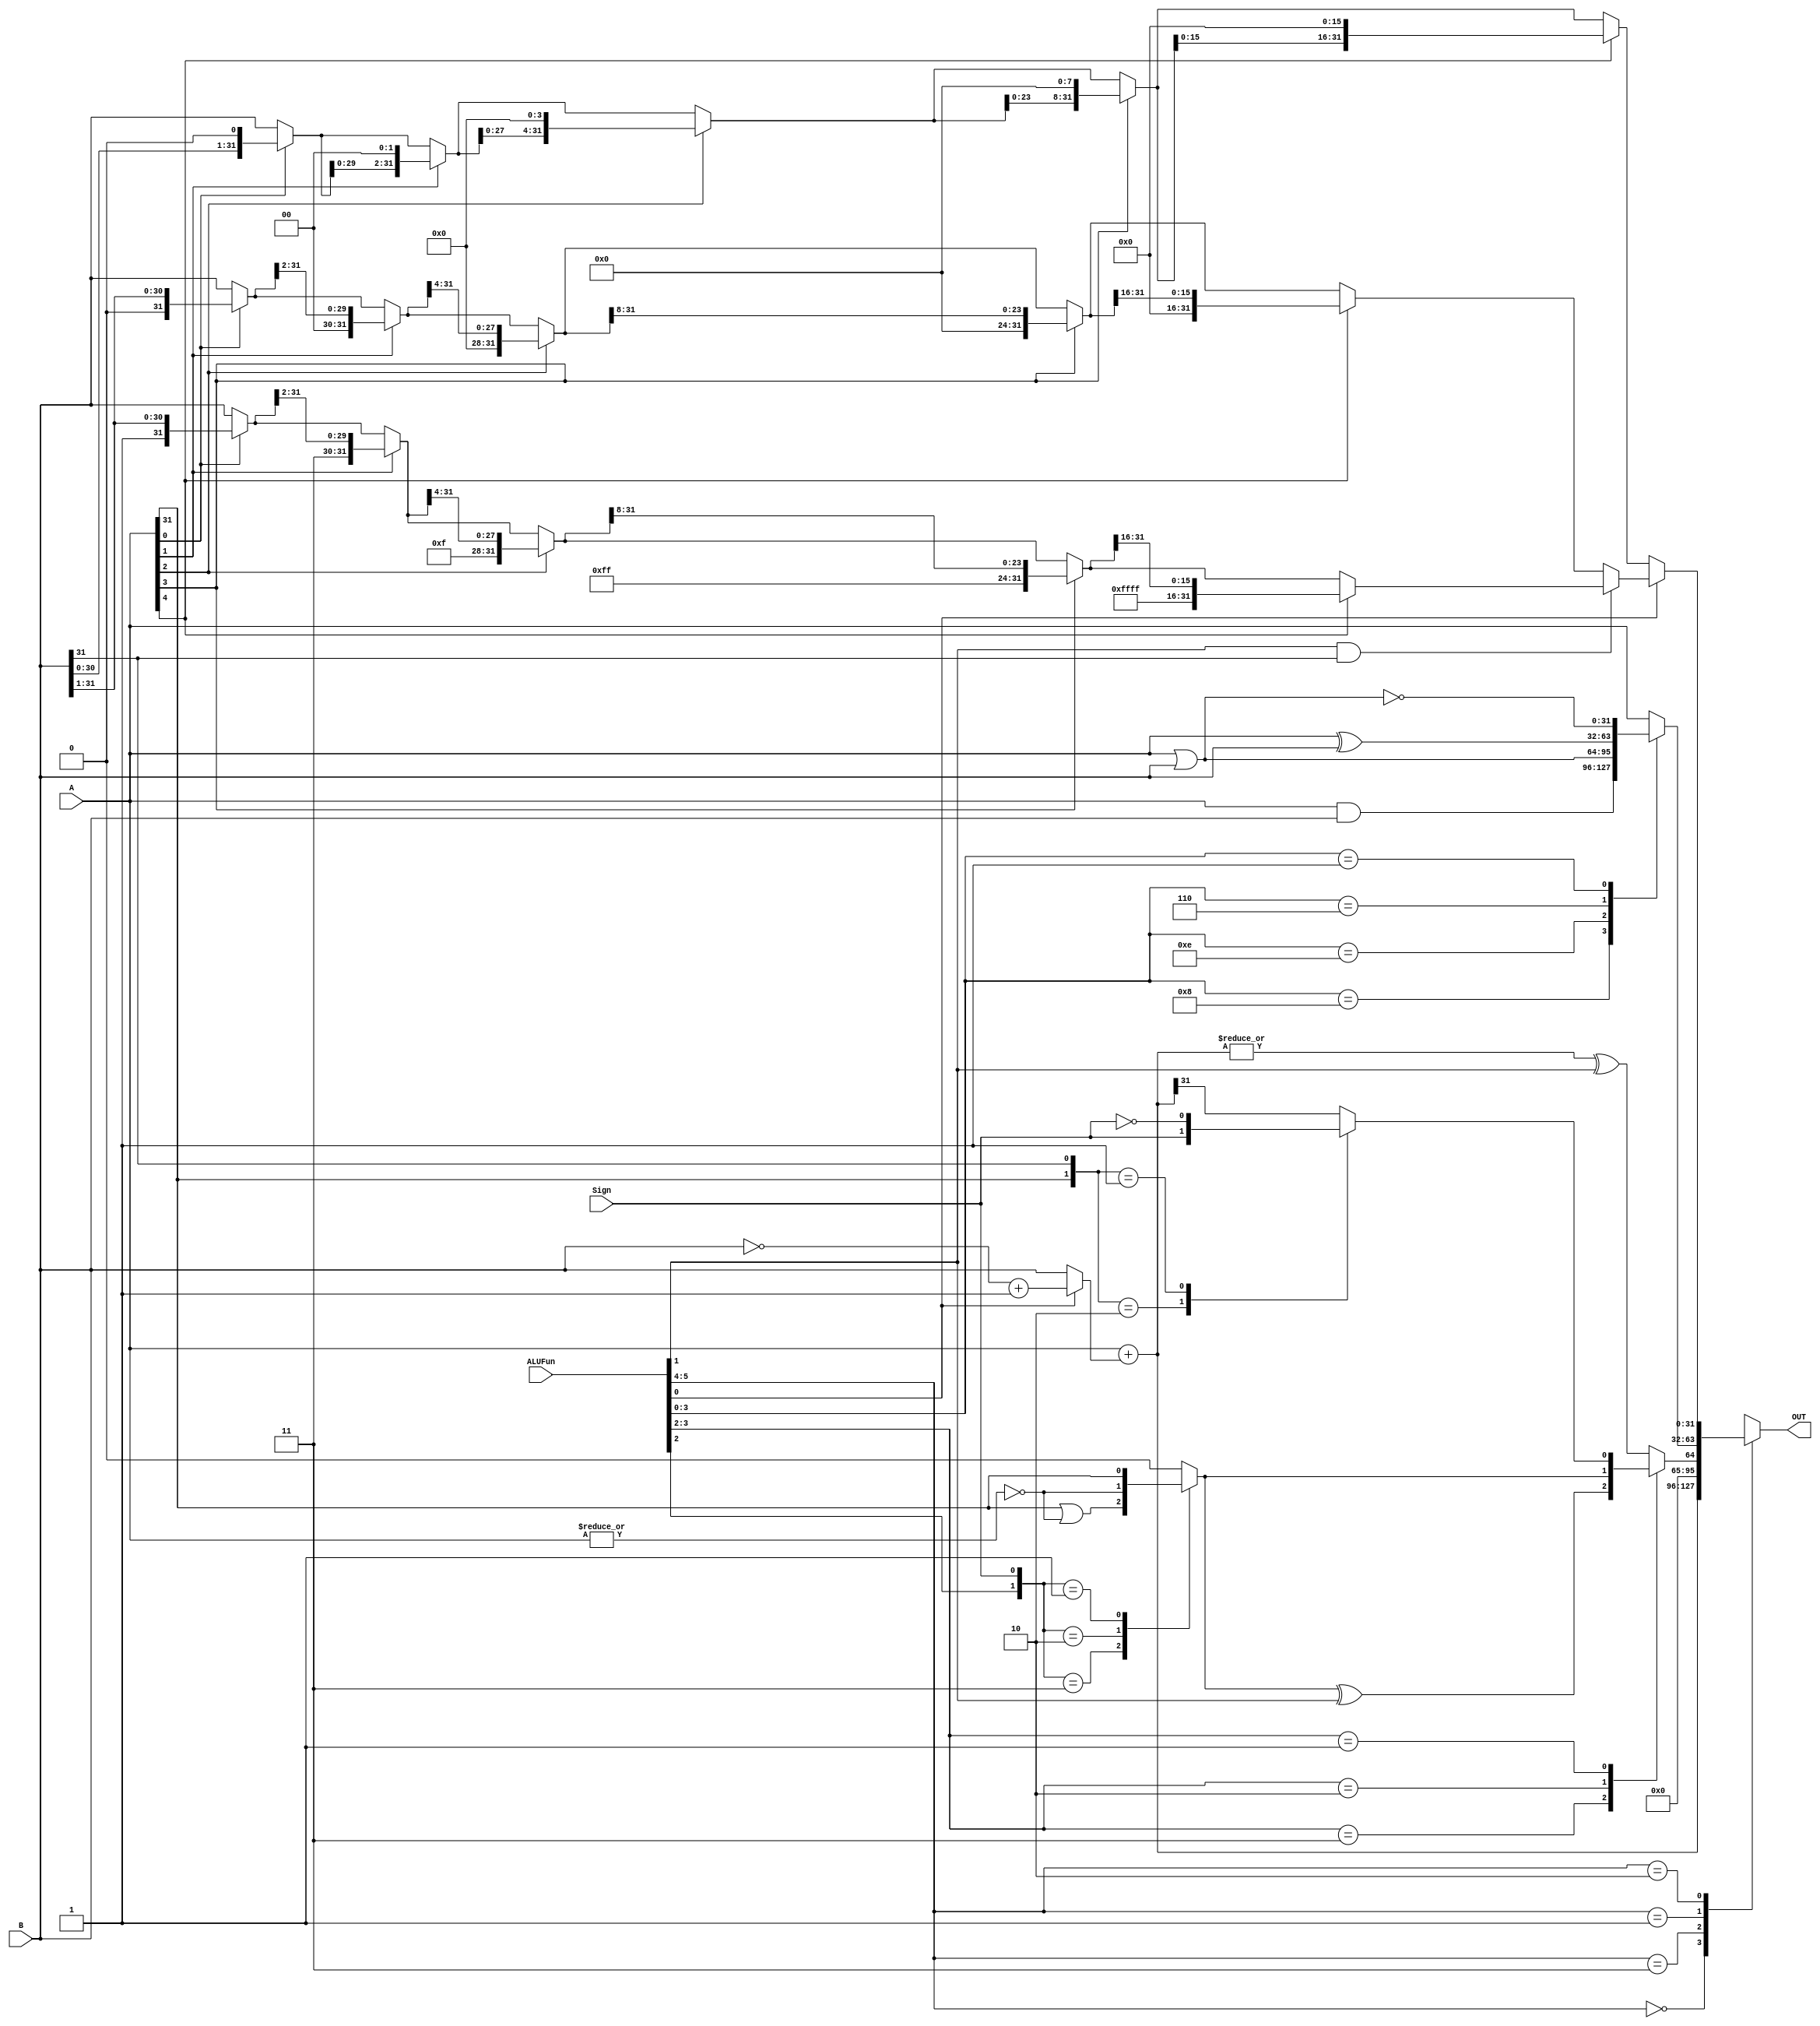
module ALU (A, B, ALUFun, Sign, OUT);
	input [31:0] A, B;
	input [5:0] ALUFun;
	input Sign;
	output reg [31:0] OUT;


	wire [31:0] OUT_00;
	reg OUT_11;
	reg [31:0] OUT_01;
	reg [31:0] OUT_10;

	wire nonzero;
	reg negative;
	reg compare_zero;

	wire [31:0] B_left_1;
	wire [31:0] B_left_2;
	wire [31:0] B_left_4;
	wire [31:0] B_left_8;
	wire [31:0] B_left;
	wire [31:0] B_right_1;
	wire [31:0] B_right_2;
	wire [31:0] B_right_4;
	wire [31:0] B_right_8;
	wire [31:0] B_right;
	wire [31:0] B_right_a_1;
	wire [31:0] B_right_a_2;
	wire [31:0] B_right_a_4;
	wire [31:0] B_right_a_8;
	wire [31:0] B_right_a;

	assign OUT_00 = A + (ALUFun[0]? (~B) + 32'h00000001: B);

	assign nonzero = | OUT_00;

	always @(*)
		case ({A[31], B[31]})
			2'b10: negative <= Sign;
			2'b01: negative <= ~Sign;
			default: negative <= OUT_00[31];
		endcase

	always @(*)
	 	case ({ALUFun[2], Sign})
			2'b11: compare_zero <= A[31] | ~(|A);
			2'b10: compare_zero <= ~(|A);
			2'b01: compare_zero <= A[31];
			default: compare_zero <= 0;
		endcase

	always @(*)
		case (ALUFun[3:2])
			2'b11: OUT_11 <= compare_zero ^ ALUFun[1];
			2'b10: OUT_11 <= compare_zero;
			2'b01: OUT_11 <= negative;
			default: OUT_11 <= nonzero ^ ALUFun[1];
		endcase

	always @(*)
		case (ALUFun[3:0])
			4'b1000: OUT_01 <= A & B;
			4'b1110: OUT_01 <= A | B;
			4'b0110: OUT_01 <= A ^ B;
			4'b0001: OUT_01 <= ~(A | B);
			default: OUT_01 <= A;
		endcase

	assign B_left_1 = A[0]? {B[30:0], 1'h0}: B;
	assign B_left_2 = A[1]? {B_left_1[29:0], 2'h0}: B_left_1;
	assign B_left_4 = A[2]? {B_left_2[27:0], 4'h0}: B_left_2;
	assign B_left_8 = A[3]? {B_left_4[23:0], 8'h0}: B_left_4;
	assign B_left = A[4]? {B_left_8[15:0], 16'h0}: B_left_8;

	assign B_right_1 = A[0]? {1'h0, B[31:1]}: B;
	assign B_right_2 = A[1]? {2'h0, B_right_1[31:2]}: B_right_1;
	assign B_right_4 = A[2]? {4'h0, B_right_2[31:4]}: B_right_2;
	assign B_right_8 = A[3]? {8'h0, B_right_4[31:8]}: B_right_4;
	assign B_right = A[4]? {16'h0, B_right_8[31:16]}: B_right_8;

	assign B_right_a_1 = A[0]? {1'b1, B[31:1]}: B;
	assign B_right_a_2 = A[1]? {2'b11, B_right_a_1[31:2]}: B_right_a_1;
	assign B_right_a_4 = A[2]? {4'b1111, B_right_a_2[31:4]}: B_right_a_2;
	assign B_right_a_8 = A[3]? {8'b1111_1111, B_right_a_4[31:8]}: B_right_a_4;
	assign B_right_a = A[4]? {16'b1111_1111_1111_1111, B_right_a_8[31:16]}: B_right_a_8;

	always @(*)
		if(ALUFun[0])
		begin
			if(ALUFun[1] & B[31])
				OUT_10 <= B_right_a;
			else
				OUT_10 <= B_right;
		end
		else
			OUT_10 <= B_left;

	always @(*)
		case (ALUFun[5:4])
			2'b00: OUT <= OUT_00;
			2'b11: OUT <= {31'h00000000, OUT_11};
			2'b01: OUT <= OUT_01;
			2'b10: OUT <= OUT_10;
			default: OUT <= 32'h00000000;
		endcase

endmodule